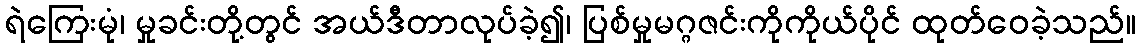
ရဲကြေးမုံ၊ မှုခင်းတို့တွင် အယ်ဒီတာလုပ်ခဲ့၍၊ ပြစ်မှုမဂ္ဂဇင်းကိုကိုယ်ပိုင် ထုတ်ဝေခဲ့သည်။